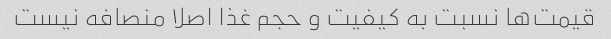
قیمت‌ها نسبت به کیفیت و حجم غذا اصلا منصافه نیست